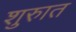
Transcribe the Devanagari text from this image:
शुरुात